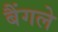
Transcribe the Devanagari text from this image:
बैंगले